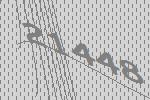
21448